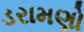
ડરામણો